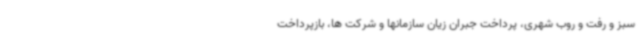
سبز و رفت و روب شهری، پرداخت جبران زیان سازمانها و شرکت ها، بازپرداخت